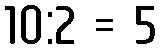
10:2 = 5